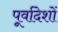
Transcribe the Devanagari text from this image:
पूर्वादेशों